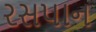
રસપાન